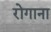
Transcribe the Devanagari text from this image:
रोगाना